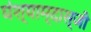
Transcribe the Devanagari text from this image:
घंश्याम्दास्जी